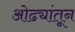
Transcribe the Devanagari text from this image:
ओढ्यांतून